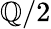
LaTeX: \mathbb{Q}/2